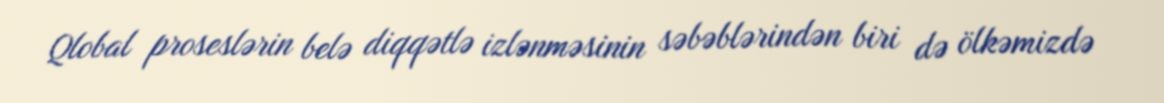
Qlobal proseslərin belə diqqətlə izlənməsinin səbəblərindən biri də ölkəmizdə